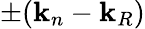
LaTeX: \pm(\mathbf{k}_{n}-\mathbf{k}_{R})